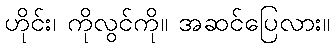
ဟိုင်း၊ ကိုလွင်ကို။ အဆင်ပြေလား။